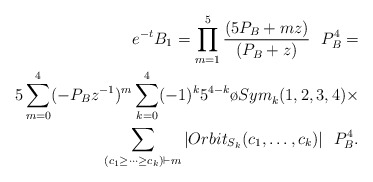
\begin{align*} e^{-t} B_1= \prod_{m=1} ^5\frac{(5P_B+mz) } {(P_B+z) } \ \ P_B^4=\\ 5\sum_{m=0} ^4(-P_Bz^{-1} ) ^m \sum_{k=0} ^4(-1) ^k 5^{4-k} {\o {Sym}} _k(1, 2, 3, 4)\times \\ \sum_{ (c_1\geq\dots \geq c_k) \vdash m} |Orbit_{S_k} (c_1, \dots, c_k) |\ \ P_B^4.\end{align*}